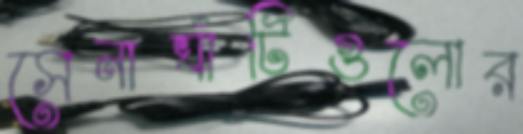
সেনাঘাঁটিগুলোর